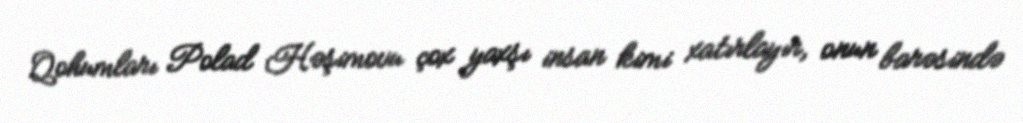
Qohumları Polad Həşimovu çox yaxşı insan kimi xatırlayır, onun barəsində